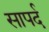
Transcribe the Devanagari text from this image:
सापर्द